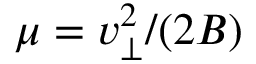
\mu = v _ { \perp } ^ { 2 } / ( 2 B )